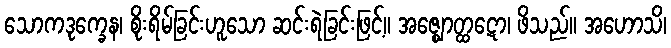
သောကဒုက္ခေန၊ စိုးရိမ်ခြင်းဟူသော ဆင်းရဲခြင်းဖြင့်။ အဇ္ဈောတ္ထဋော၊ ဖိသည်။ အဟောသိ၊